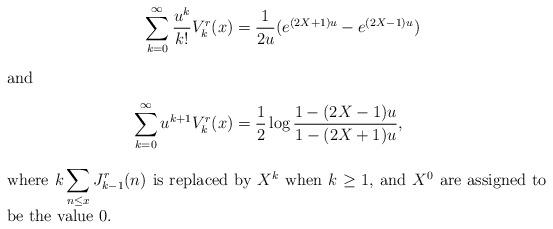
LaTeX: \begin{align*}\sum_{k=0}^{\infty}\frac{u^k}{k!}V_k^r(x)&=\frac1{2u}(e^{(2X+1)u}-e^{(2X-1)u})\\\intertext{and}\sum_{k=0}^{\infty}u^{k+1}V_k^r(x)&=\frac12\log \frac{1-(2X-1)u}{1-(2X+1)u}, \\\intertext{where $\displaystyle{k\sum_{n \le x}J_{k-1}^r(n)}$ is replaced by $X^k$ when $k\ge1$, and $X^0$ are assigned to be the value $0$.}\end{align*}